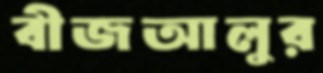
বীজআলুর